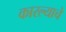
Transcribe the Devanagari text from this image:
कारल्याचे